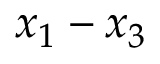
x _ { 1 } - x _ { 3 }